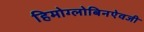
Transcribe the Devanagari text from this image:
हिमोग्लोबिनऐवजी